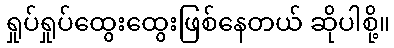
ရှုပ်ရှုပ်ထွေးထွေးဖြစ်နေတယ် ဆိုပါစို့။